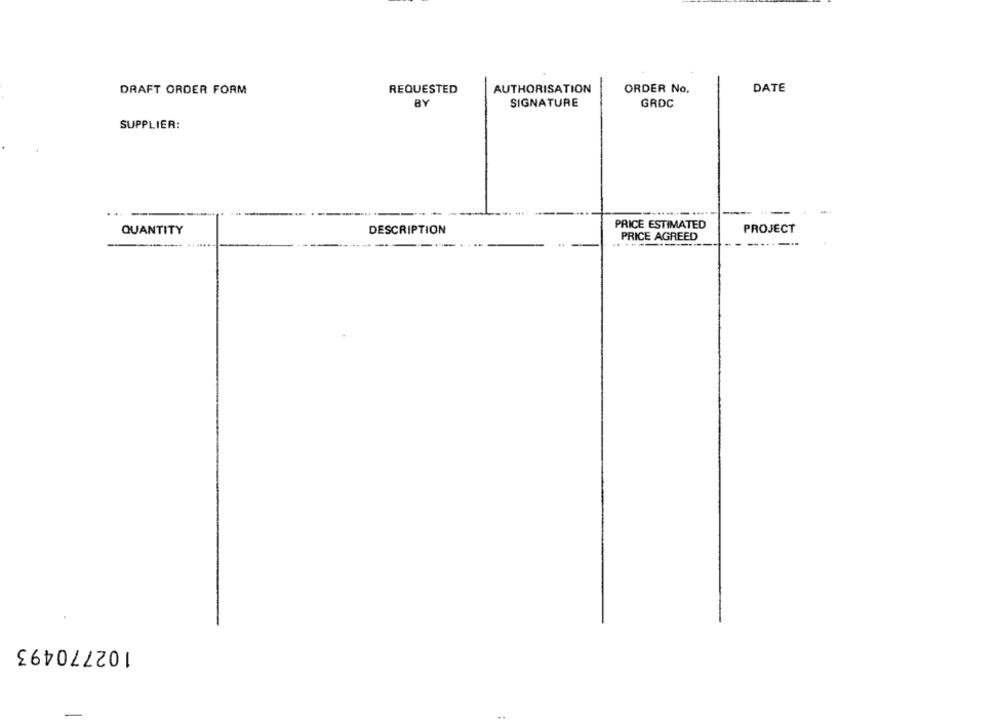
DRAFT ORDER FORM
REQUESTED
AUTHORISATION
ORDER No.
DATE
BY
SIGNATURE
GROC
SUPPLIER:
QUANTITY
DESCRIPTION
PRICE ESTIMATED
PROJECT
PRICE AGREED
...---
102770493